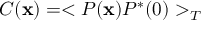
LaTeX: C ( { \bf x } ) = < P ( { \bf x } ) P ^ { * } ( 0 ) > _ { T }